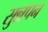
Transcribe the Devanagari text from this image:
सुन्नपन